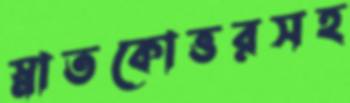
স্নাতকোত্তরসহ